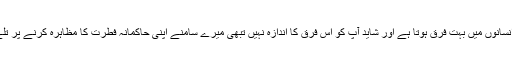
چیزوں اور انسانوں میں بہت فرق ہوتا ہے اور شاید آپ کو اس فرق کا اندازہ نہیں تبھی میرے سامنے اپنی حاکمانہ فطرت کا مظاہرہ کرنے پر تلے ہوئے ہیں۔